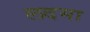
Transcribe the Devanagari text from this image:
लदमा